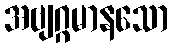
အဗျဂ္ဂမာနသော